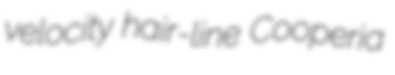
velocity hair-line Cooperia